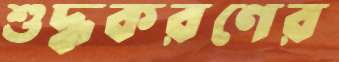
শুদ্ধকরণের